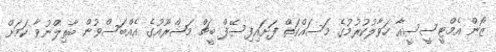
ޒޯން އެމްޓީސީސީއާ ހަވާލުކުރުމުގެ މަސައްކަތް ފަށައިފިސޭފް ބީޗް މަޝްރޫއުގެ އެއްބަސްވުން ބާތިލްނުވާ ކަމަށް